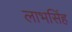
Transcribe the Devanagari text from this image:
लाभसिंह